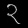
Digit: ၃